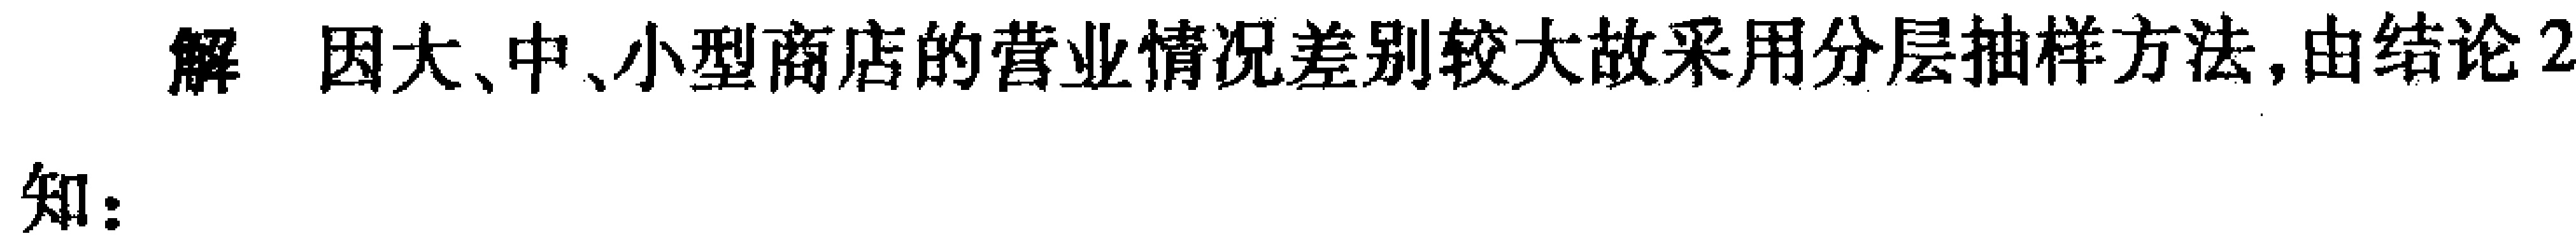
解 因大、中、小型商店的营业情况差别较大故采用分层抽样方法,由结论2

知：